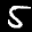
Label: 5